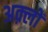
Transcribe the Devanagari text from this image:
अक़्लों